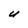
Character: U